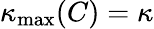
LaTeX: \kappa_{\mathrm{max}}(C)=\kappa